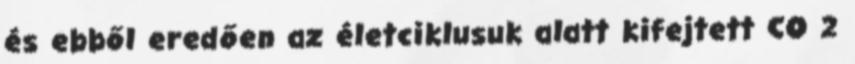
és ebből eredően az életciklusuk alatt kifejtett CO 2